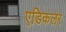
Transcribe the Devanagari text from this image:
एडिकलर